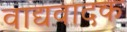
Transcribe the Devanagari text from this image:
वाद्यवादक